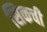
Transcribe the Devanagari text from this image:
सिकची